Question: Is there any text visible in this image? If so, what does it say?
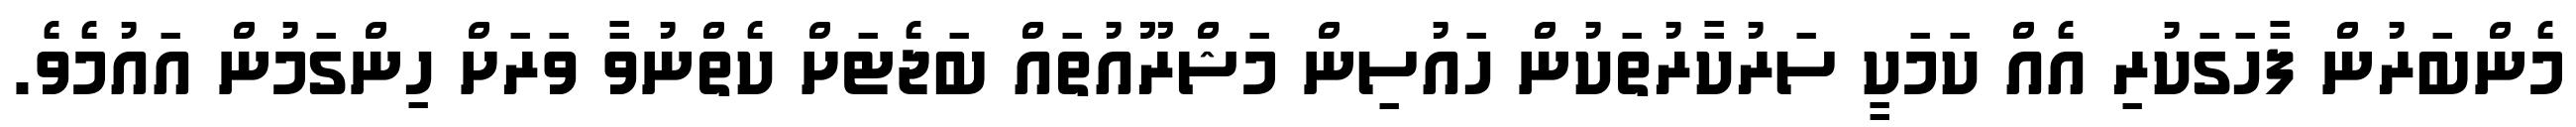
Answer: މެންބަރުން ފާހަގަކުރި އެއް ކަމަކީ ސަރުކާރުތަކުން ހައުސިން މަޝްރޫއުތައް ބަޖެޓަށް ކެތްނުވާ ވަރަށް ހިންގަމުން އައުމެވެ.